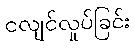
ငလျင်လှုပ်ခြင်း